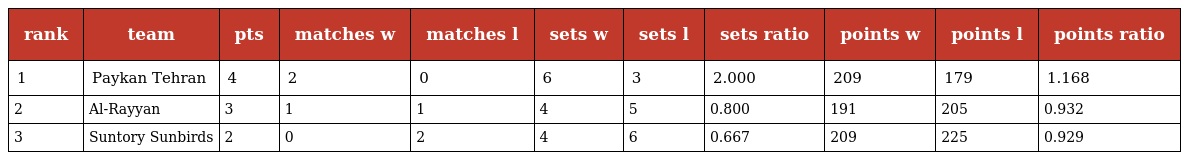
| rank | team | pts | matches w | matches l | sets w | sets l | sets ratio | points w | points l | points ratio |
 | --- | --- | --- | --- | --- | --- | --- | --- | --- | --- | --- |
 | 1 | Paykan Tehran | 4 | 2 | 0 | 6 | 3 | 2.000 | 209 | 179 | 1.168 |
 | 2 | Al-Rayyan | 3 | 1 | 1 | 4 | 5 | 0.800 | 191 | 205 | 0.932 |
 | 3 | Suntory Sunbirds | 2 | 0 | 2 | 4 | 6 | 0.667 | 209 | 225 | 0.929 |